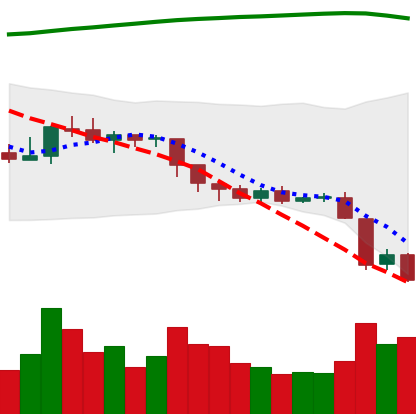
Ticker: EOS-USD
Chart end date: 2018-08-10
Forward return: -12.138%
Label: down_7plus